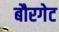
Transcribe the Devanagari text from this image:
बौरगेट